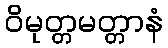
ဝိမုတ္တမတ္တာနံ